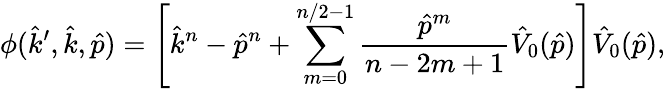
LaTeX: \phi(\hat{k}^{\prime},\hat{k},\hat{p})=\left[\hat{k}^{n}-\hat{p}^{n}+\sum_{m=0}^{n/2-1}{\frac{\hat{p}^{m}}{n-2m+1}}\hat{V}_{0}(\hat{p})\right]\hat{V}_{0}(\hat{p}),